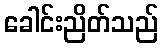
ခေါင်းညိတ်သည်